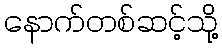
နောက်တစ်ဆင့်သို့